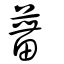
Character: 葘